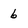
Character: 6